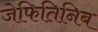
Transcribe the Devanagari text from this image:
जेफितिनिब